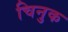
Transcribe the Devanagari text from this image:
चिनुक